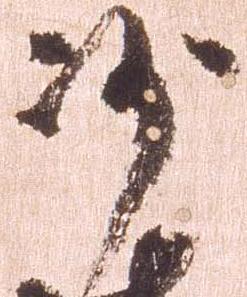
沙